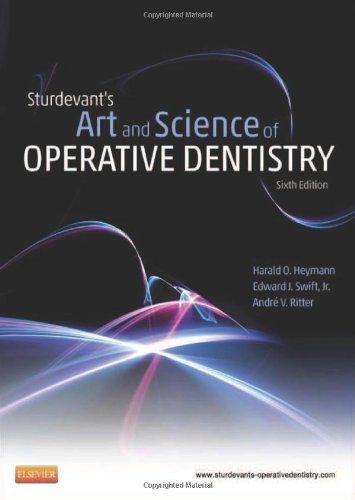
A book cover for Sturdevant's Art and Science of Operative Dentistry, 6e (Roberson, Sturdevant's Art and Science of Operative Dentistry); Harald O. Heymann DDS  MEd; Medical Books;